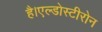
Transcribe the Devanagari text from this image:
है।एल्डोस्टीरोन